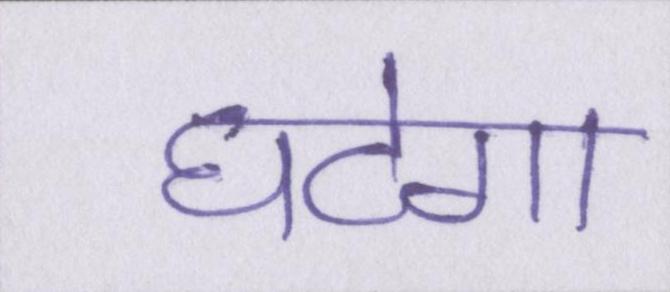
घटेगा